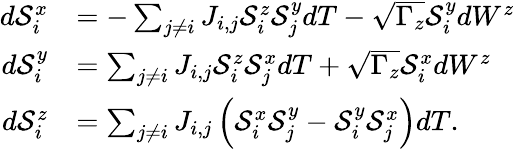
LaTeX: \begin{array}{rl}{d\mathcal{S}_{i}^{x}}&{=-\sum_{j\neq i}J_{i,j}\mathcal{S}_{i}^{z}\mathcal{S}_{j}^{y}dT-\sqrt{\Gamma_{z}}\mathcal{S}_{i}^{y}dW^{z}}\\ {d\mathcal{S}_{i}^{y}}&{=\sum_{j\neq i}J_{i,j}\mathcal{S}_{i}^{z}\mathcal{S}_{j}^{x}dT+\sqrt{\Gamma_{z}}\mathcal{S}_{i}^{x}dW^{z}}\\ {d\mathcal{S}_{i}^{z}}&{=\sum_{j\neq i}J_{i,j}\left(\mathcal{S}_{i}^{x}\mathcal{S}_{j}^{y}-\mathcal{S}_{i}^{y}\mathcal{S}_{j}^{x}\right)dT.}\end{array}